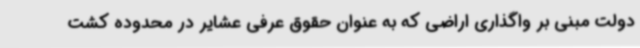
دولت مبنی بر واگذاری اراضی که به عنوان حقوق عرفی عشایر در محدوده کشت